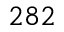
2 8 2